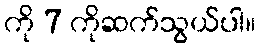
ကို 7 ကိုဆက်သွယ်ပါ။